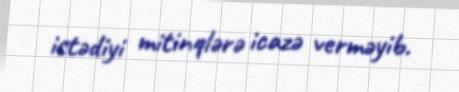
istədiyi mitinqlərə icazə verməyib.